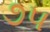
૭૫